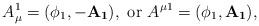
LaTeX: \begin{align*}A_\mu^1=(\phi_1,-\mathbf{A_1}),~{\rm or}~ A^{\mu 1}=(\phi_1,\mathbf{A_1}),\end{align*}